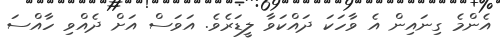
އެންމެ ގިނައިން އެ ވާހަކަ ދައްކަވާ ލީޑަރެވެ. އަވަސް އަށް ދެއްވި ހާއްސަ